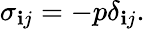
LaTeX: \sigma_{\mathbf{i}j}=-p\delta_{\mathbf{i}j}.